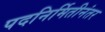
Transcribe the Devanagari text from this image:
पदनिर्मितीनंतर